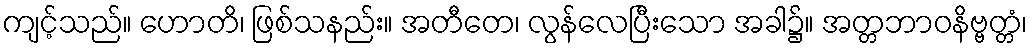
ကျင့်သည်။ ဟောတိ၊ ဖြစ်သနည်း။ အတီတေ၊ လွန်လေပြီးသော အခါ၌။ အတ္တဘာဝနိဗ္ဗတ္တံ၊